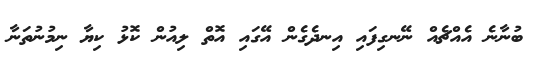
ބުނާނެ އެއްޗެއް ނޭނގިފައި އިނދެގެން އޭގައި އޮތް ލިއުން ކޮޅު ކިޔާ ނިމުނުތަނާ